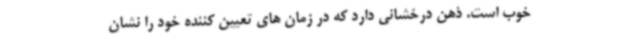
خوب است. ذهن درخشانی دارد که در زمان های تعیین کننده خود را نشان